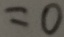
= 0